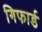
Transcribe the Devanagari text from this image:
गिफार्ड